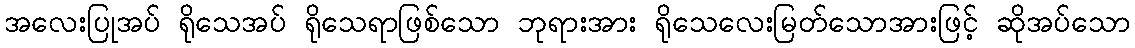
အလေးပြုအပ် ရိုသေအပ် ရိုသေရာဖြစ်သော ဘုရားအား ရိုသေလေးမြတ်သောအားဖြင့် ဆိုအပ်သော